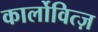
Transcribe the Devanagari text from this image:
कार्लोवित्ज़